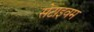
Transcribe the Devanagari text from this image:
सेटाइवम